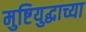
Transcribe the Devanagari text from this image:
मुष्टियुद्धाच्या